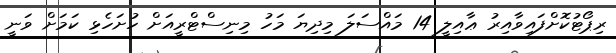
ރިޕޯޓުކޮށްފައިވާއިރު ޢާއިލީ 14 މައްސަލަ މިދިޔަ މަހު މިނިސްޓްރީއަށް ހުށަހެޅި ކަމަށް ވަނީ